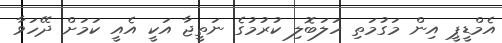
އެމްޑީޕީ އިން މަގުމަތި ހަލަބޮލި ކުރުމުގެ ނަތީޖާ އަކީ އެއީ ކަމަށް ދޭހަވާ